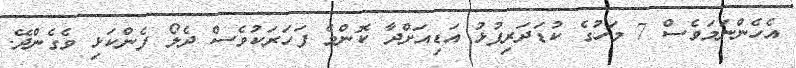
އެހެންނަމަވެސް 7 މަހުގެ ކުޑަދަރިފުޅު އަޑިއަށްދާ ކޮންމެ ފަހަރަކުވެސް ދެލޯ ފެންކަޅި ވެގެންދޭ.